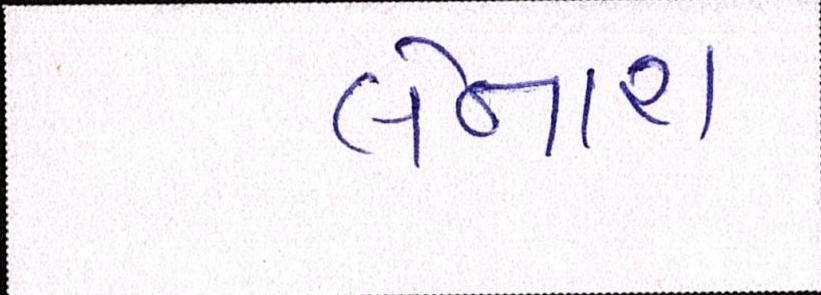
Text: લેનારા